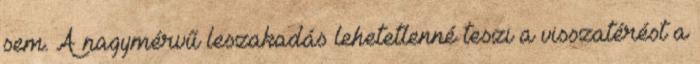
sem. A nagymérvű leszakadás lehetetlenné teszi a visszatérést a